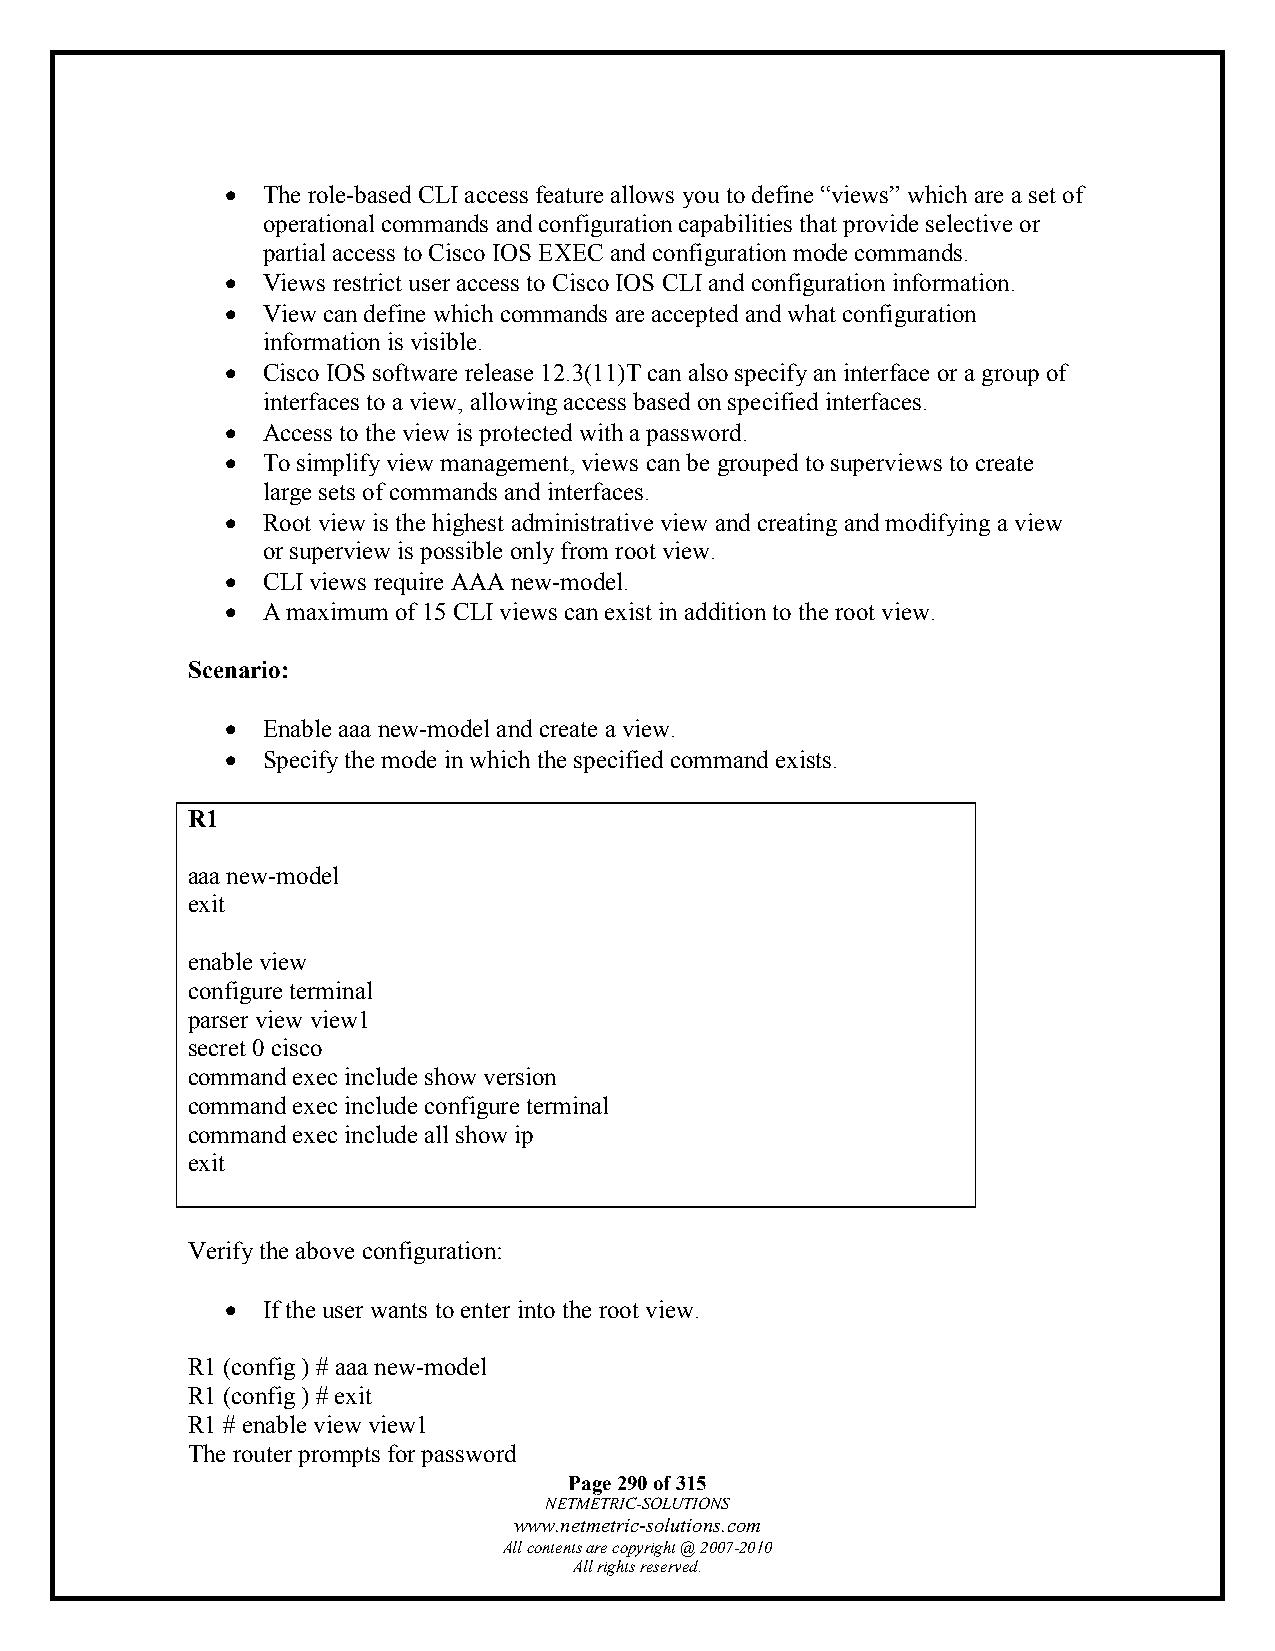
• The role-based CLI access feature allows you to define “views” which are a set of
 operational commands and configuration capabilities that provide selective or
 partial access to Cisco IOS EXEC and configuration mode commands.
 • Views restrict user access to Cisco IOS CLI and configuration information.
 • View can define which commands are accepted and what configuration
 information is visible.
 • Cisco IOS software release 12.3(11)T can also specify an interface or a group of
 interfaces to a view, allowing access based on specified interfaces.
 • Access to the view is protected with a password.
 • To simplify view management, views can be grouped to superviews to create
 large sets of commands and interfaces.
 • Root view is the highest administrative view and creating and modifying a view
 or superview is possible only from root view.
 • CLI views require AAA new-model.
 • A maximum of 15 CLI views can exist in addition to the root view.
 Scenario:
 • Enable aaa new-model and create a view.
 • Specify the mode in which the specified command exists.
 R1
 aaa new-model
 exit
 enable view
 configure terminal
 parser view view1
 secret 0 cisco
 command exec include show version
 command exec include configure terminal
 command exec include all show ip
 exit
 Verify the above configuration:
 • If the user wants to enter into the root view.
 R1 (config ) # aaa new-model
 R1 (config ) # exit
 R1 # enable view view1
 The router prompts for password
 Page 290 of 315
 NETMETRIC-SOLUTIONS
 www.netmetric-solutions.com
 All contents are copyright @ 2007-2010
 All rights reserved.